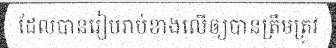
ដែលបានរៀបរាប់ខាងលើឲ្យបានត្រឹមត្រូវ